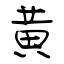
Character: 黄